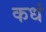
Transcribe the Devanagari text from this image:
कधं